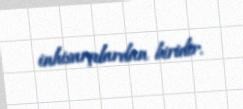
inhisarçılardan biridir.